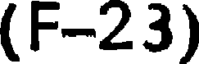
(F-23)